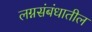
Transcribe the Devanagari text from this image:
लग्नसंबंधातील